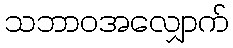
သဘာဝအလျှောက်